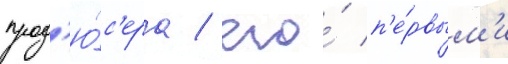
прод'ю́с'ера / его́ п'е́рвым'и